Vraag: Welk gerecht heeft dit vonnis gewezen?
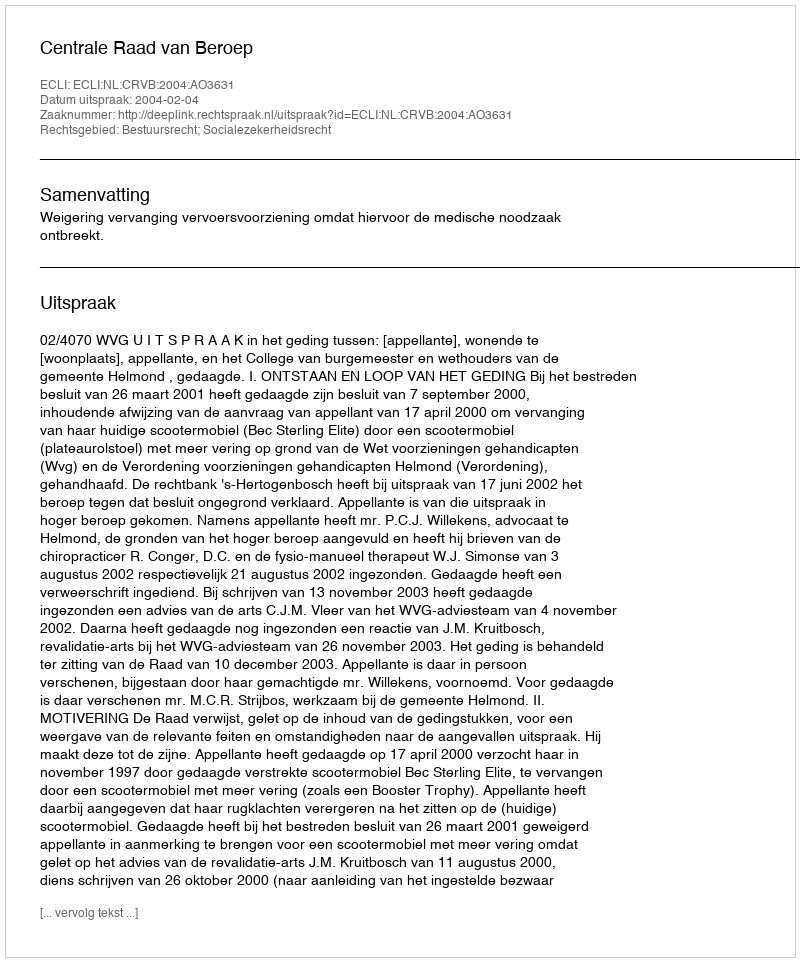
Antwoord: Centrale Raad van Beroep